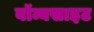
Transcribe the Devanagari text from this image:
बॉम्बसाइट